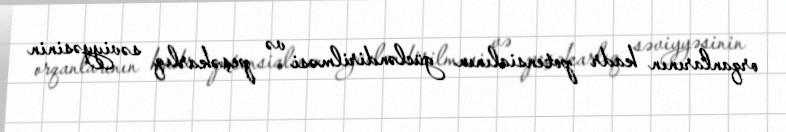
orqanlarının kadr potensialının gücləndirilməsi və peşəkarlıq səviyyəsinin